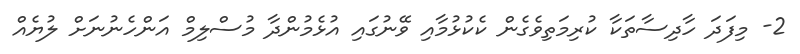
2- މިފަދަ ހާދިސާތަކާ ކުރިމަތިވެގެން ކެކުޅުމާއި ވޭނުގައި އުޅެމުންދާ މުސްލިމް އަންހެނުނަށް ލުޔެއް